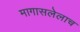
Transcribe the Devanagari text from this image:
मागासलेलाच